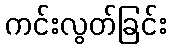
ကင်းလွတ်ခြင်း